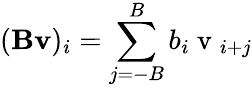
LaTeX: (\mathbf{B}\mathbf{v})_{i}=\sum_{j=-B}^{B}b_{i}\mathrm{~v~}_{i+j}